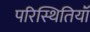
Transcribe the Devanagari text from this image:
परिस्थितियॉं